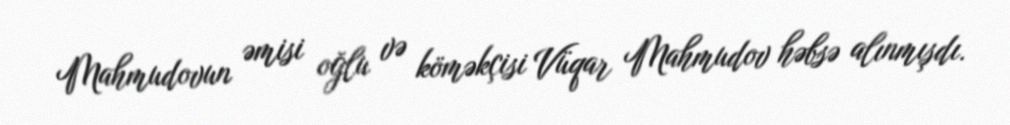
Mahmudovun əmisi oğlu və köməkçisi Vüqar Mahmudov həbsə alınmışdı.